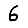
Digit: 6